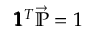
\begin{array} { r } { \pmb { 1 } ^ { T } \vec { \mathbb { P } } = 1 } \end{array}